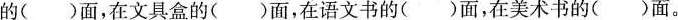
的()面，在文具盒的()面，在语文书的()面，在美术书的()面。